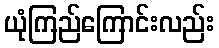
ယုံကြည်ကြောင်းလည်း